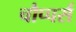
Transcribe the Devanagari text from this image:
चौप्पर्स